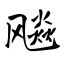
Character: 飚